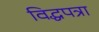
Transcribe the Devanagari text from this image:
विद्धपत्रा